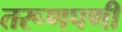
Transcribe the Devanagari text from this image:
तरूणपणी